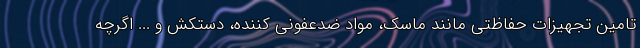
تامین تجهیزات حفاظتی مانند ماسک، مواد ضدعفونی کننده، دستکش و ... اگرچه